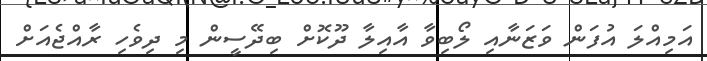
އަމިއްލަ އުފަން ވަޒަނާއި ލޯބިވާ އާއިލާ ދޫކޮށް ބިދޭސީން މި ދިވެހި ރާއްޖެއަށް